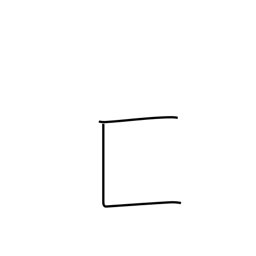
Meaning: box-on-side enclosure radical (no. 22)